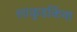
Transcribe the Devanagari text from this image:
लाकूडकिंवा